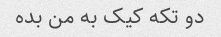
دو تکه کیک به من بده